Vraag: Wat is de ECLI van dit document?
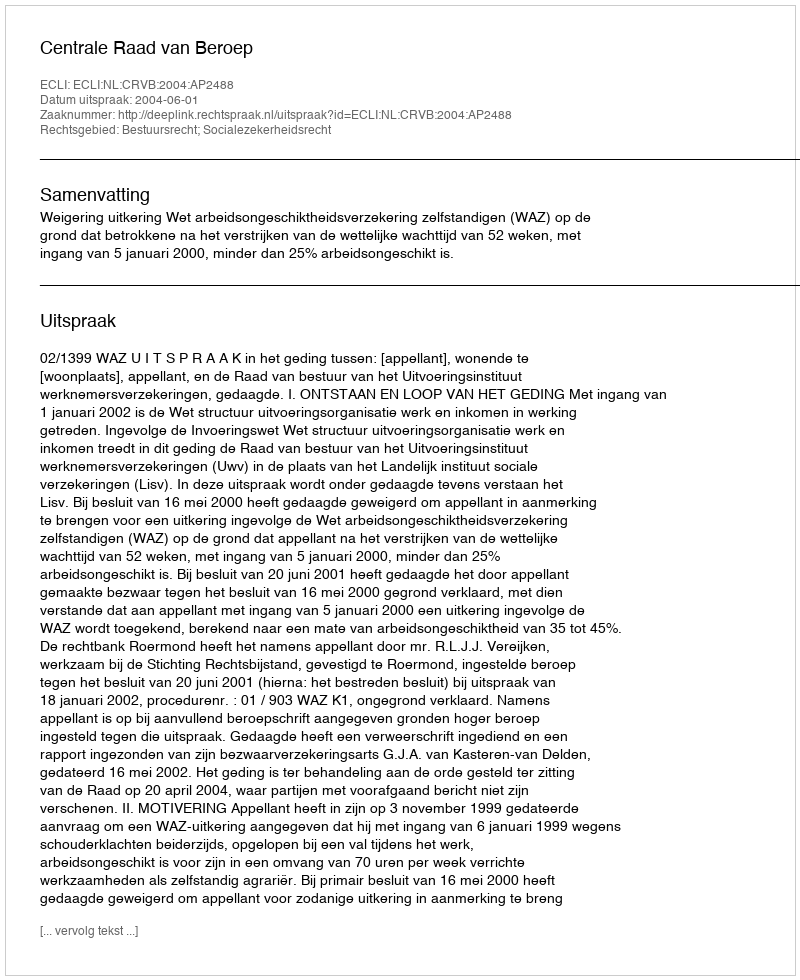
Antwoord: ECLI:NL:CRVB:2004:AP2488